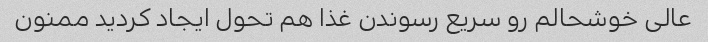
عالی خوشحالم رو سریع رسوندن غذا هم تحول ایجاد کردید ممنون